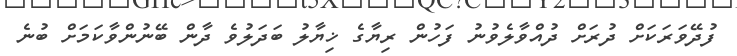
ފުދޭވަރަކަށް ދުރަށް ދުއްވާލެވުނު ފަހުން ރިޔާގެ ޚިޔާލު ބަދަލުވެ ދާން ބޭނުންވާކަމަށް ބުނެ